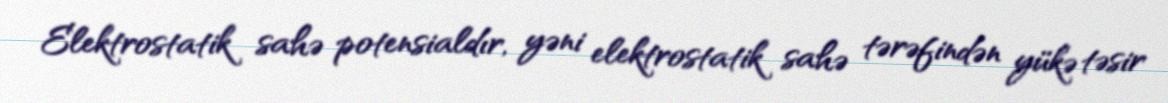
Elektrostatik sahə potensialdır, yəni elektrostatik sahə tərəfindən yükə təsir